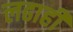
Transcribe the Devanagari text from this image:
लढाही